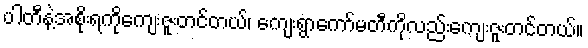
ပါတီနဲ့အစိုးရကိုကျေးဇူးတင်တယ်၊ ကျေးရွာကော်မတီကိုလည်းကျေးဇူးတင်တယ်။